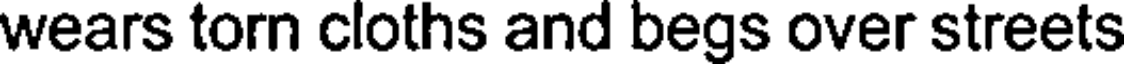
wears torn cloths and begs over streets